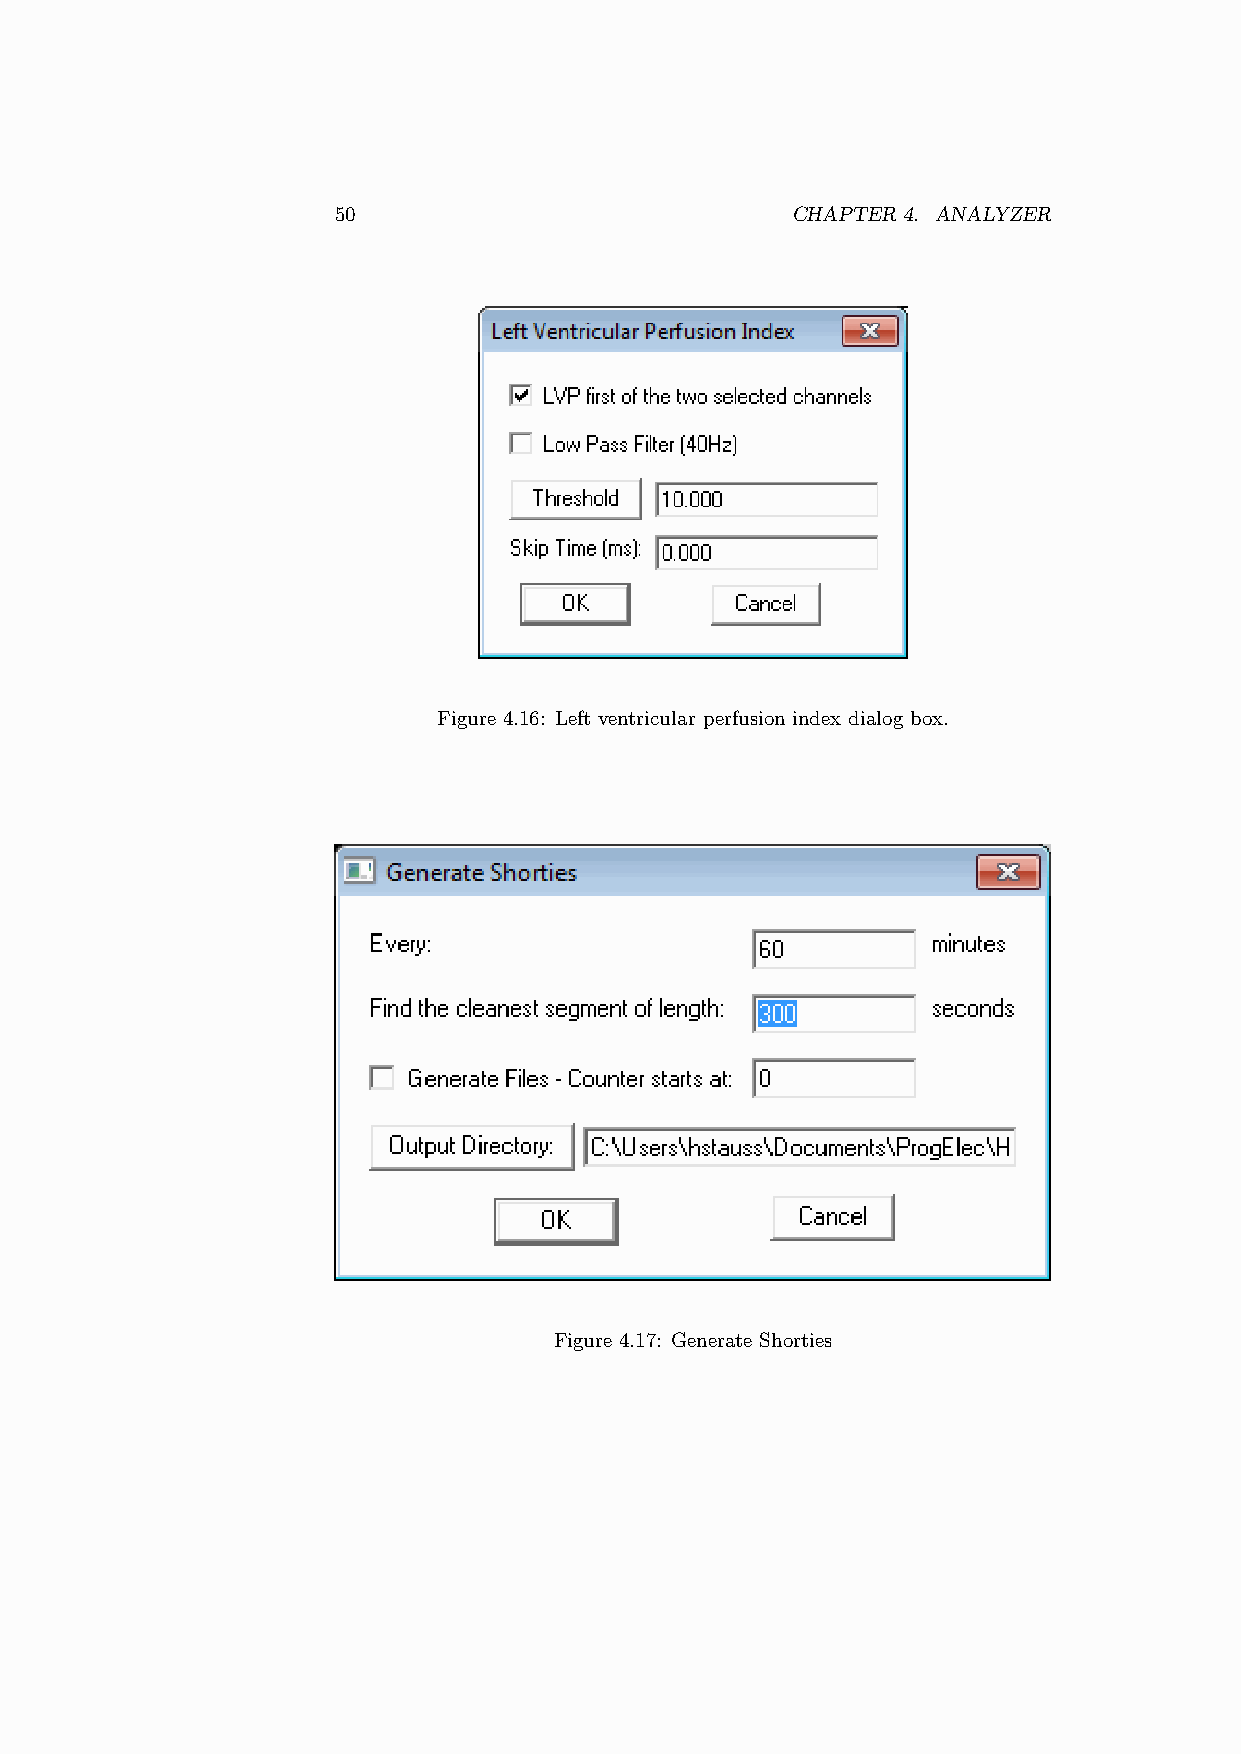
50                            CHAPTER 4. ANALYZER
 Figure 4.16: Left ventricular perfusion index dialog box.
 Figure 4.17: Generate Shorties